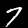
Label: 7